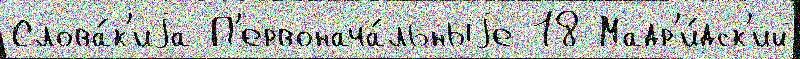
Слова́к'иjа П'ервонача́льныjе 18 Мадр'и́дск'ий